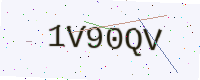
Text: 1V90QV